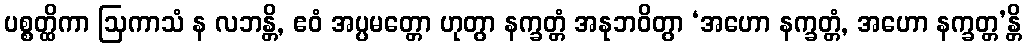
ပစ္စတ္ထိကာ ဩကာသံ န လဘန္တိ, ဧဝံ အပ္ပမတ္တော ဟုတွာ နက္ခတ္တံ အနုဘဝိတွာ ‘အဟော နက္ခတ္တံ, အဟော နက္ခတ္တ’န္တိ